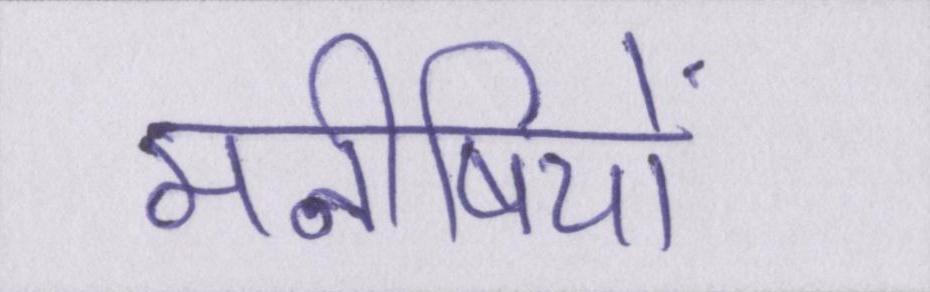
मनीषियों